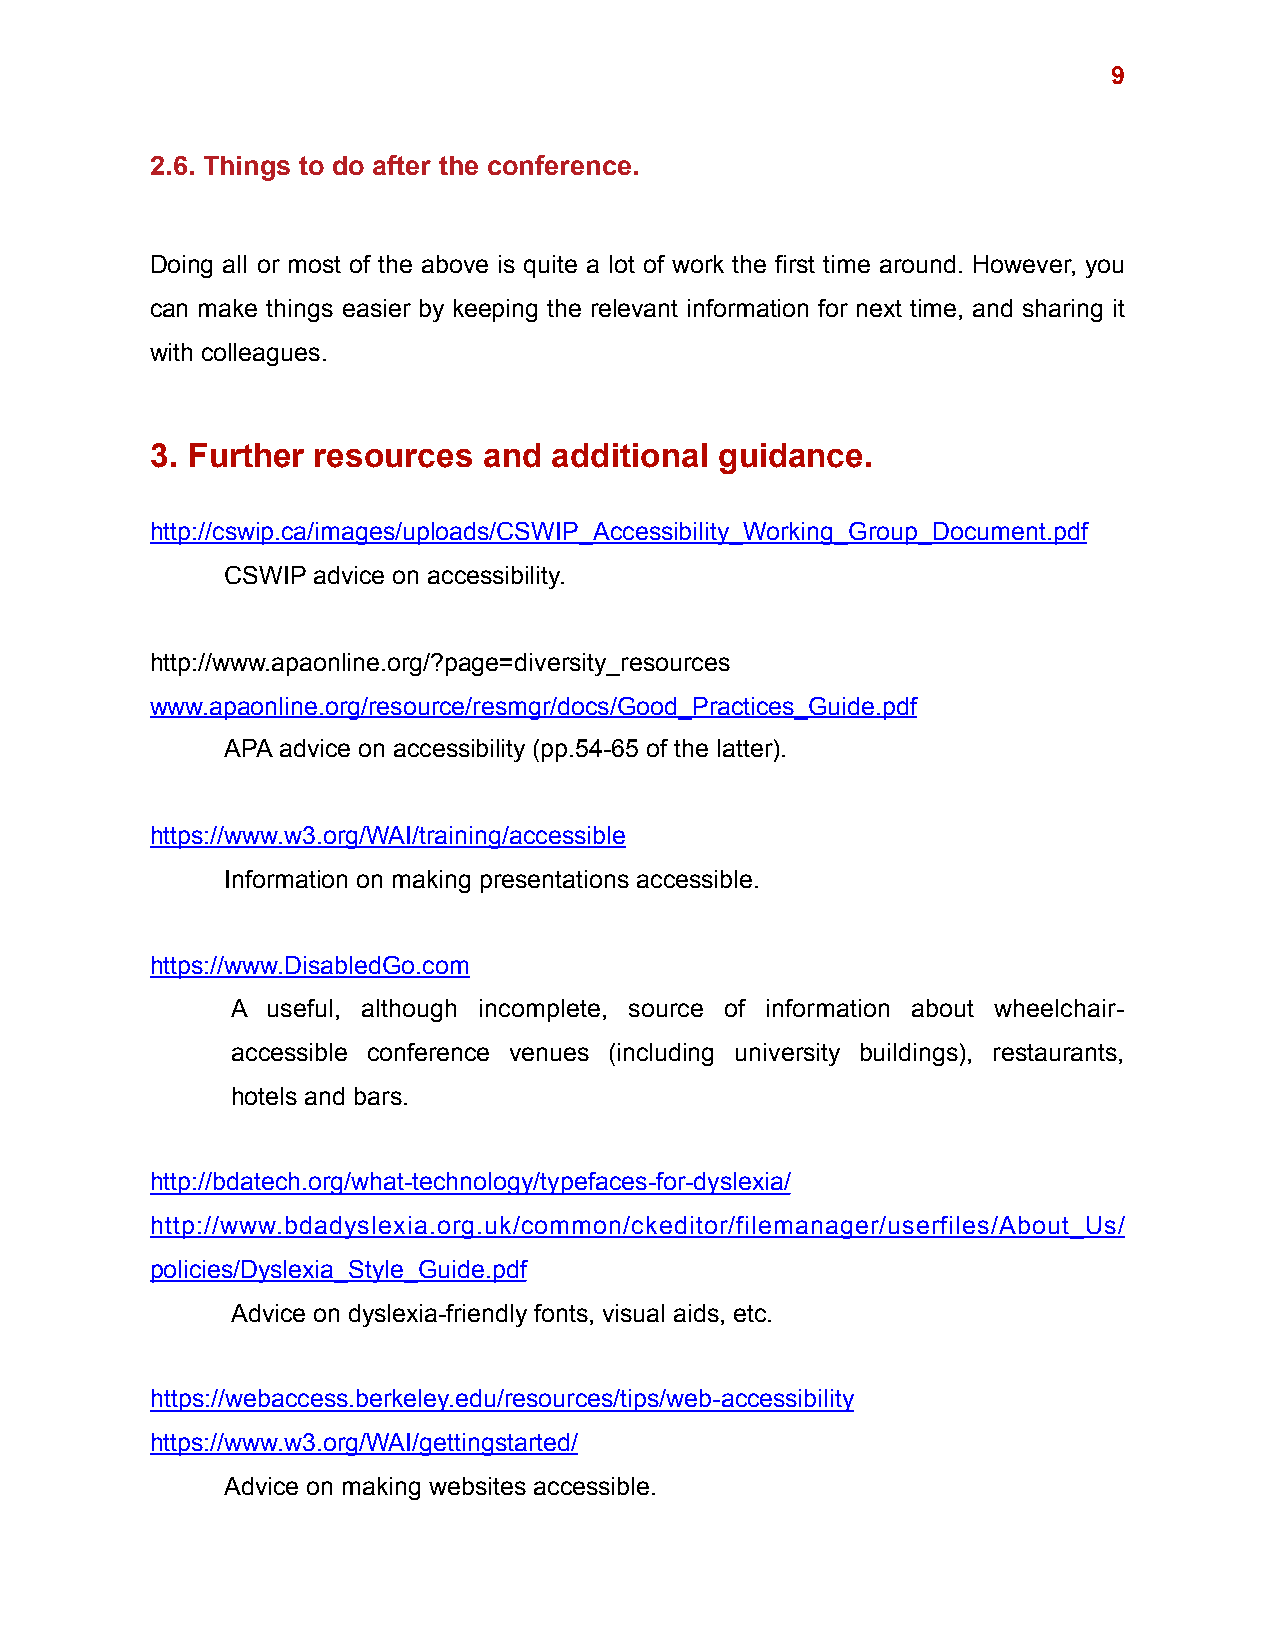
!9
 2.6. Things to do after the conference.
 Doing all or most of the above is quite a lot of work the first time around. However, you
 can make things easier by keeping the relevant information for next time, and sharing it
 with colleagues.
 3. Further resources  and  additional guidance.
 http://cswip.ca/images/uploads/CSWIP_Accessibility_Working_Group_Document.pdf
 CSWIP advice on accessibility.
 http://www.apaonline.org/?page=diversity_resources
 www.apaonline.org/resource/resmgr/docs/Good_Practices_Guide.pdf
 APA advice on accessibility (pp.54-65 of the latter).
 https://www.w3.org/WAI/training/accessible
 Information on making presentations accessible.
 https://www.DisabledGo.com
 A  useful, although incomplete, source of information about wheelchair-
 accessible conference venues (including university buildings), restaurants,
 hotels and bars.
 http://bdatech.org/what-technology/typefaces-for-dyslexia/
 http://www.bdadyslexia.org.uk/common/ckeditor/filemanager/userfiles/About_Us/
 policies/Dyslexia_Style_Guide.pdf
 Advice on dyslexia-friendly fonts, visual aids, etc.
 https://webaccess.berkeley.edu/resources/tips/web-accessibility
 https://www.w3.org/WAI/gettingstarted/
 Advice on making websites accessible.